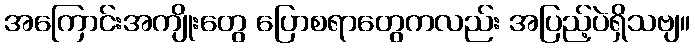
အကြောင်းအကျိုးတွေ ပြောစရာတွေကလည်း အပြည့်ပဲရှိသဗျ။